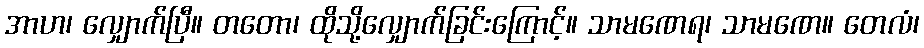
အာဟ၊ လျှောက်ပြီ။ တတော၊ ထိုသို့လျှောက်ခြင်းကြောင့်။ သာမဏေရ၊ သာမဏေ။ တေလံ၊